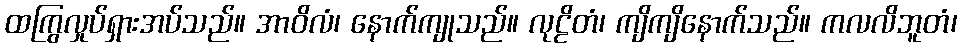
ထကြွလှုပ်ရှားအပ်သည်။ အာဝိလံ၊ နောက်ကျုသည်။ လုဠိတံ၊ ကျိကျိနောက်သည်။ ကလလိဘူတံ၊